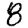
Digit: 8